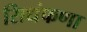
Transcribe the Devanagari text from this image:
सिधंफणा